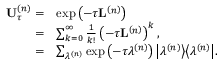
\begin{array} { r l } { \mathbf { U } _ { \tau } ^ { \left( n \right) } = } & { \exp \left( - \tau \mathbf { L } ^ { \left( n \right) } \right) } \\ { = } & { \sum _ { k = 0 } ^ { \infty } \frac { 1 } { k ! } \left( - \tau \mathbf { L } ^ { \left( n \right) } \right) ^ { k } , } \\ { = } & { \sum _ { \lambda ^ { \left( n \right) } } \exp \left( - \tau \lambda ^ { \left( n \right) } \right) \big \vert \lambda ^ { \left( n \right) } \big \rangle \big \langle \lambda ^ { \left( n \right) } \big \vert . } \end{array}